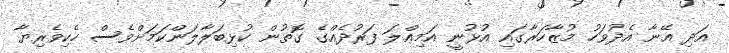
އަދި އޭނާ އެދުވަހު މުޒާހަރާގައި އުޅުނީ އަމިއްލަ ފަރުދެއްގެ ގޮތުން ކުޅިބަލާލަންކަމަށްވެސް ހެކިވެރިޔާ